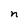
Character: n